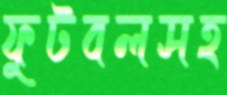
ফুটবলসহ